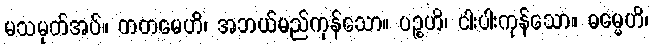
မသမုတ်အပ်။ ကတမေဟိ၊ အဘယ်မည်ကုန်သော။ ပဉ္စဟိ၊ ငါးပါးကုန်သော။ ဓမ္မေဟိ၊